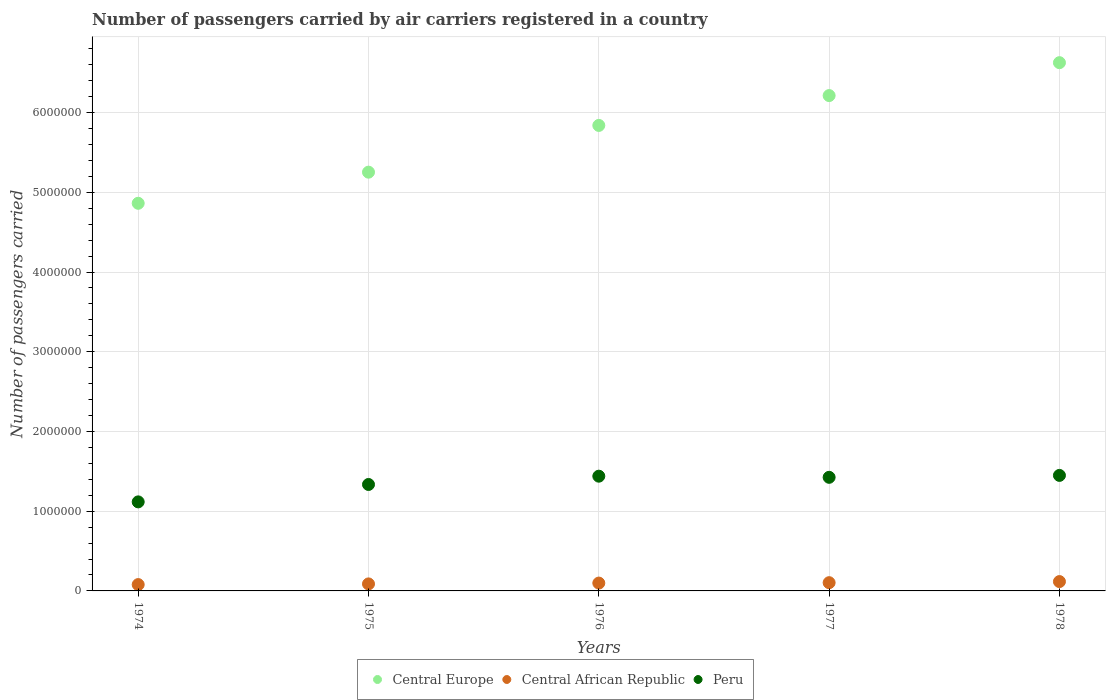
| Years | Central Europe | Central African Republic | Peru |
 | --- | --- | --- | --- |
 | 1974 | 4.86e+06 | 7.95e+04 | 1.12e+06 |
 | 1975 | 5.25e+06 | 8.8e+04 | 1.34e+06 |
 | 1976 | 5.84e+06 | 9.84e+04 | 1.44e+06 |
 | 1977 | 6.21e+06 | 1.03e+05 | 1.42e+06 |
 | 1978 | 6.63e+06 | 1.17e+05 | 1.45e+06 |